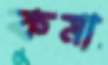
কমা